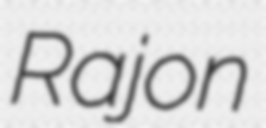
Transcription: Rajon